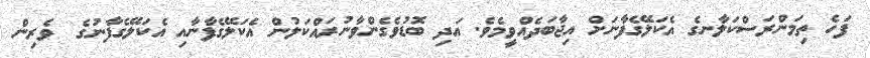
ފަހެ ތިމަންރަސްކަލާނގެ އެކަލޭގެފާނަށް އިޖާބަދެއްވީމެވެ. އަދި ބޮޑުވެގެންވާނުރައްކަލުން އެކަލޭގެފާނާއި އެކަލޭގެފާނުގެ  ވެރިން